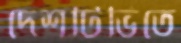
দেশটিভিতে